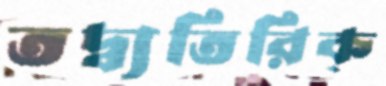
তদ্ব্যতিরিক্